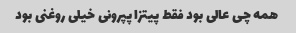
همه چی عالی بود فقط پیتزا پپرونی خیلی روغنی بود